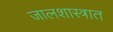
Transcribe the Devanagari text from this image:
जालशास्त्रात